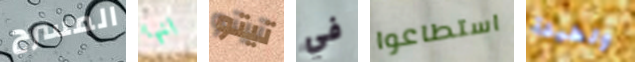
المسرح انها تيتو في استطاعوا ولطيفة